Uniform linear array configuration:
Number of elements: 16
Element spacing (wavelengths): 0.75
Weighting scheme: cosine
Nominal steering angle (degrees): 30
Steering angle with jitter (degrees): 31.077
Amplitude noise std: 0.05
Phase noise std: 0.05

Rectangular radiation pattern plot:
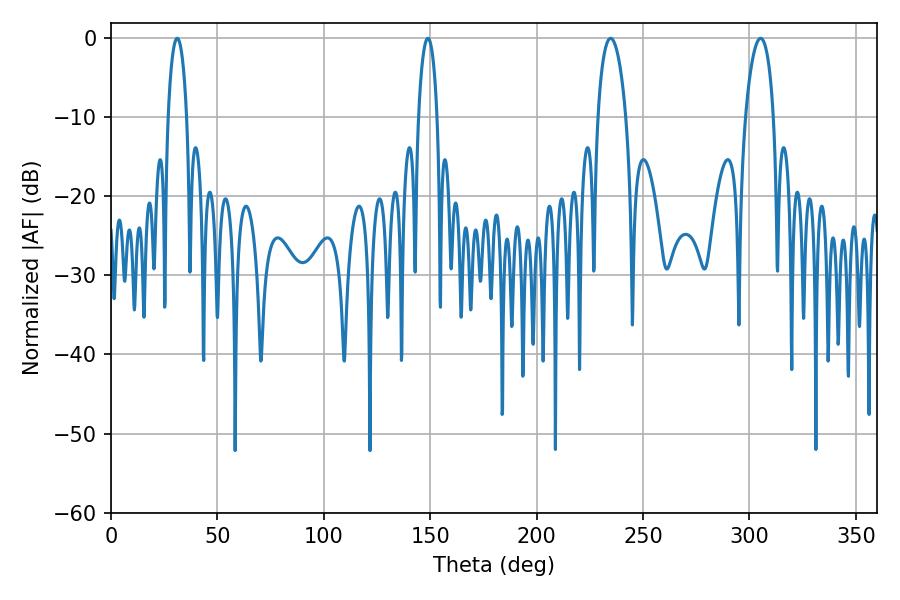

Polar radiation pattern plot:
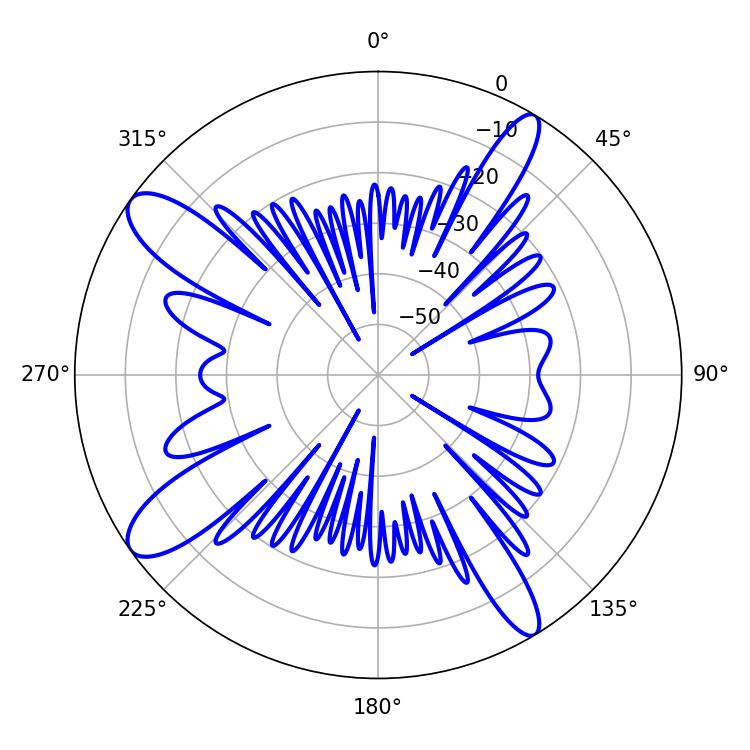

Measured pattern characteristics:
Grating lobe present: TRUE
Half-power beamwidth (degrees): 7.56
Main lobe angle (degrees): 234.72